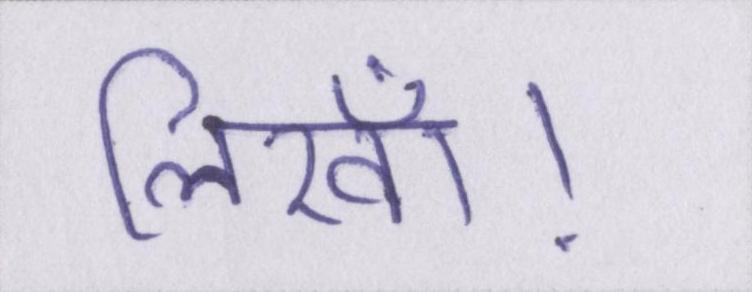
लिखॉ।